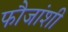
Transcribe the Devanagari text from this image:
फौजांशी